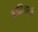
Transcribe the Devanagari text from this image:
बुद्धिवादके